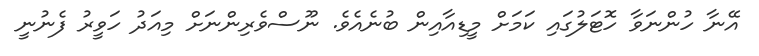
އޭނާ ހުންނަވާ ހޮޓަލުގައި ކަމަށް މީޑިއާއިން ބުނެއެވެ. ނޫސްވެރިންނަށް މިއަދު ހަވީރު ފެނުނީ